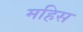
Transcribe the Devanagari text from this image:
महिस